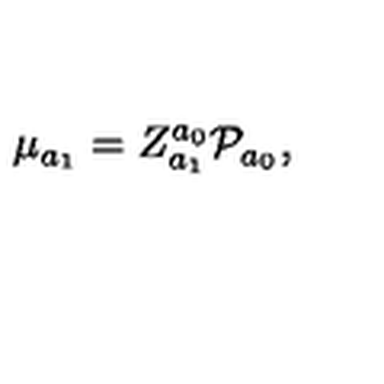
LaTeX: \mu _ { a _ { 1 } } = Z _ { a _ { 1 } } ^ { a _ { 0 } } { \cal P } _ { a _ { 0 } } ,